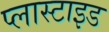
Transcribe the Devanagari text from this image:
प्लास्टाइड